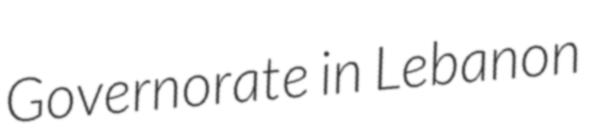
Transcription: Governorate in Lebanon